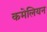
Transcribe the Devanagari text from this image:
कमेलियन